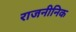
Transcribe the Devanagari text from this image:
राजनीनिक